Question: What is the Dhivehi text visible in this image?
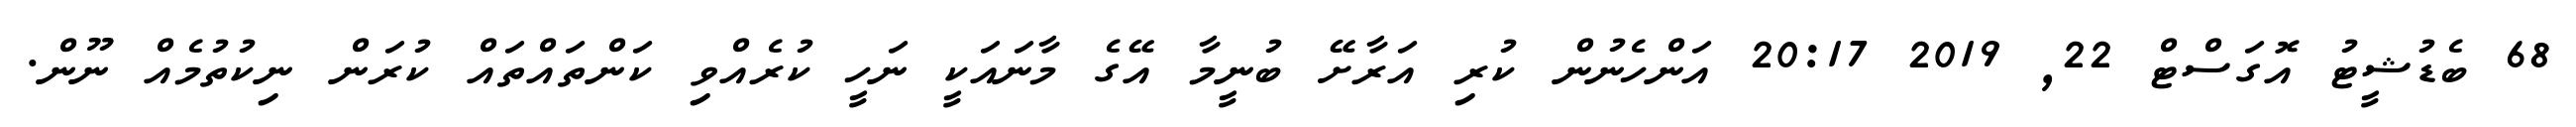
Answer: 68 ބެޑުޝީޓު އޮގަސްޓް 22, 2019 20:17 އަންހެނުން ކުރި އަރާށޭ ބުނީމާ އޭގެ މާނައަކީ ނަހީ ކުރެއްވި ކަންތައްތައް ކުރަން ނިކުތުމެއް ނޫން.